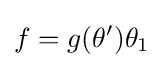
f=g(\theta ')\theta _{1}